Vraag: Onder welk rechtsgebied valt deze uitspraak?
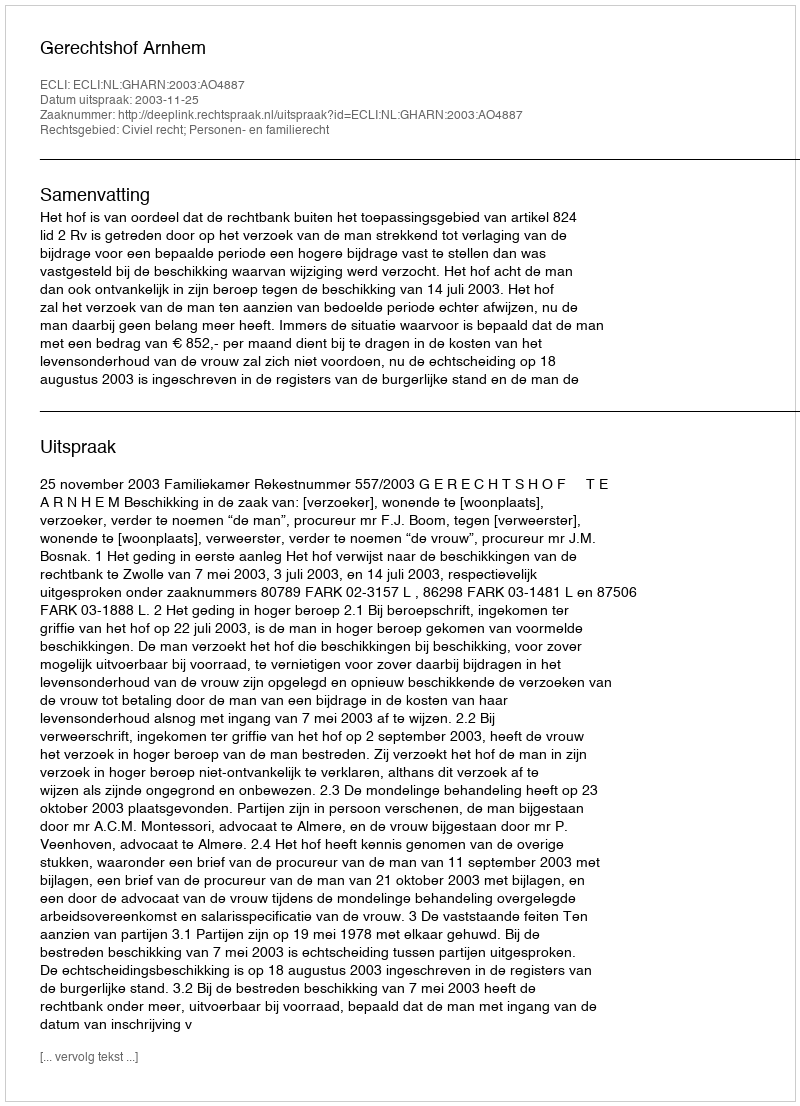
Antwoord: Civiel recht; Personen- en familierecht